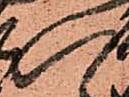
八